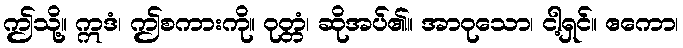
ဤသို့။ ဣဒံ၊ ဤစကားကို။ ဝုတ္တံ၊ ဆိုအပ်၏။ အာဝုသော၊ ငါ့ရှင်။ ဧကော၊